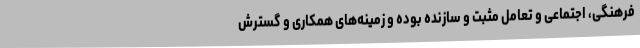
فرهنگی، اجتماعی و تعامل مثبت و سازنده بوده و زمینه‌های همکاری و گسترش